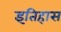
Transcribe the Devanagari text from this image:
इतिहास